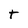
Character: r